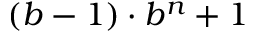
( b - 1 ) \cdot b ^ { n } + 1